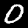
Digit: 0